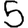
Digit: 5